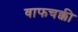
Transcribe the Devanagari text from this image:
वाफचक्की